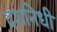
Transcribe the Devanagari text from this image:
दशनिधी